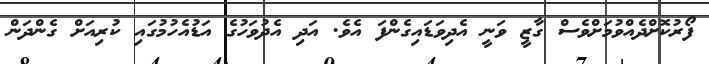
ފޯރުކޮށްދެއްވުމަށްވެސް ގާޒީ ވަނީ އެދިވަޑައިގެންފަ އެވެ. އަދި އެދުވަހުގެ އަޑުއެހުމުގައި ކުރިއަށް ގެންދަން